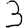
Digit: 3